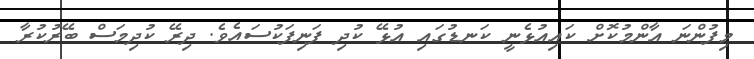
މިފުންނަ އާންމުކޮށް ކައިއުޅެނީ ކަނޑުގައި އުޅޭ ކުދި ފަނިފަކުސައެވެ. ދިރޭ ކުދިމަސް ބޭރުކުރާ